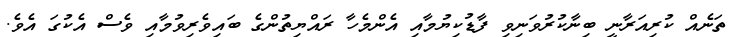
ތަނެއް ކުރިއަރާނީ ބިނާކުރުވަނިވި ފާޑުކިޔުމާއި އެންމެހާ ރައްޔިތުންގެ ބައިވެރިވުމާއި ވެސް އެކުގަ އެވެ.